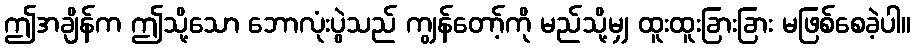
ဤအချိန်က ဤသို့သော ဘောလုံးပွဲသည် ကျွန်တော့်ကို မည်သို့မျှ ထူးထူးခြားခြား မဖြစ်စေခဲ့ပါ။